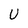
Character: U